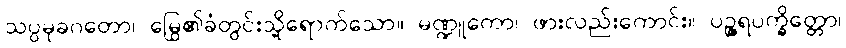
သပ္ပမုခဂတော၊ မြွေ၏ခံတွင်းသို့ရောက်သော။ မဏ္ဍူကော၊ ဖားလည်းကောင်း။ ပဉ္ဇရပက္ခိတ္တော၊